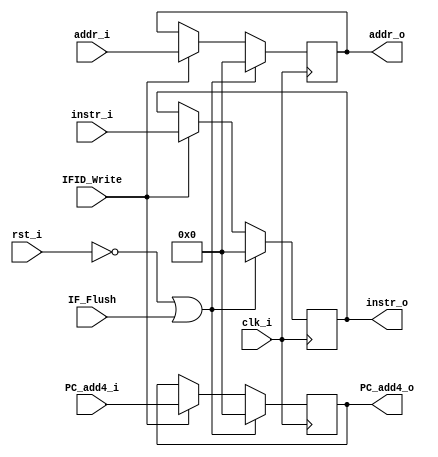
//109550184
`timescale 1ns / 1ps
//////////////////////////////////////////////////////////////////////////////////
// Company: 
// Engineer: 
// 
// Design Name: 
// Module Name: IFID_Reg
// Project Name: 
// Target Devices: 
// Tool Versions: 
// Description: 
// 
// Dependencies: 
// 
// Revision:
// Revision 0.01 - File Created
// Additional Comments:
// 
//////////////////////////////////////////////////////////////////////////////////


module IFID_Reg(
    clk_i,
    rst_i,
    IF_Flush,
    IFID_Write,
    addr_i,
    PC_add4_i,
    instr_i,
    
    addr_o,
    PC_add4_o,
    instr_o
    );

input clk_i;
input rst_i;
input IF_Flush;
input IFID_Write;
input [31:0] addr_i;
input [31:0] PC_add4_i;
input [31:0] instr_i;

output reg [31:0] addr_o;
output reg [31:0] PC_add4_o;
output reg [31:0] instr_o;

always@(posedge clk_i) begin
    if (~rst_i || IF_Flush) begin
        addr_o <= 32'd0;
        PC_add4_o <= 32'd0;
        instr_o <=32'd0; 
    end
    else if (IFID_Write) begin
        addr_o <= addr_i;
        PC_add4_o <= PC_add4_i;
        instr_o <= instr_i;
    end
end
endmodule